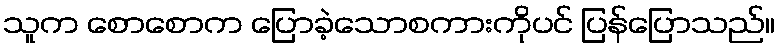
သူက စောစောက ပြောခဲ့သောစကားကိုပင် ပြန်ပြောသည်။